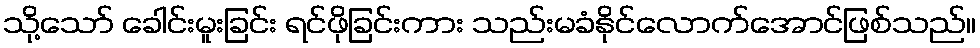
သို့သော် ခေါင်းမူးခြင်း ရင်ဖိုခြင်းကား သည်းမခံနိုင်လောက်အောင်ဖြစ်သည်။